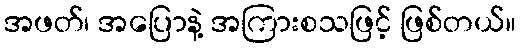
အဖတ်၊ အပြောနဲ့ အကြားစသဖြင့် ဖြစ်တယ်။